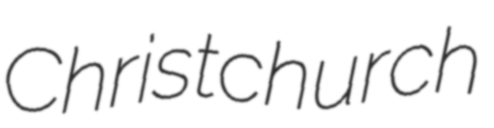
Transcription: Christchurch